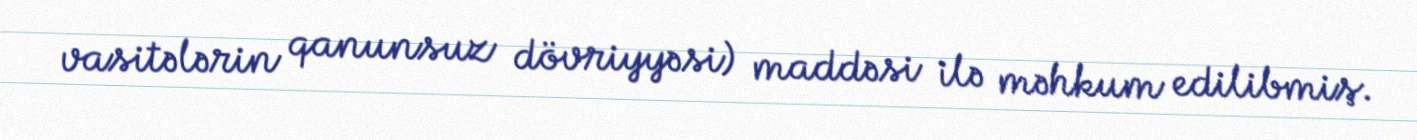
vasitələrin qanunsuz dövriyyəsi) maddəsi ilə məhkum edilibmiş.